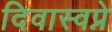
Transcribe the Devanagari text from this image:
दिवास्वप्ने